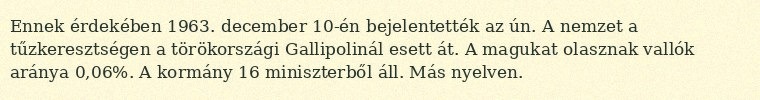
Ennek érdekében 1963. december 10-én bejelentették az ún. A nemzet a tűzkeresztségen a törökországi Gallipolinál esett át. A magukat olasznak vallók aránya 0,06%. A kormány 16 miniszterből áll. Más nyelven.